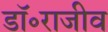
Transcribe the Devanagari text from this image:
डॉ॰राजीव